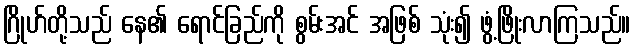
ဂြိုဟ်တို့သည် နေ၏ ရောင်ခြည်ကို စွမ်းအင် အဖြစ် သုံး၍ ဖွံ့ဖြိုးလာကြသည်။